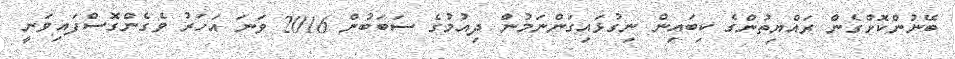
ބޭނުންކޮށްގެން ރައްޔިތުންގެ ކިބައިން ނިގުޅައިގަންނަމުން ދިއުމުގެ ސަބަބުން 2016 ވަނަ އަހަރު ވެގެންގޮސްފައިވަނީ